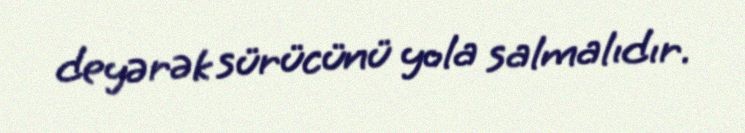
deyərək sürücünü yola salmalıdır.